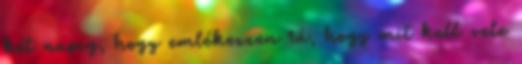
két napig, hogy emlékezzen rá, hogy mit kell vele